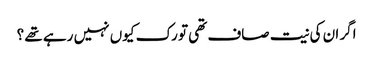
اگر ان کی نیت صاف تھی تو رک کیوں نہیں رہے تھے ؟